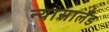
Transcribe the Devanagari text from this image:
न्यासालँड